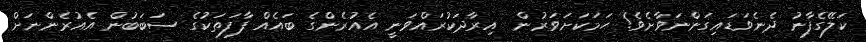
ކަލޭގެފާނު ދެނެވަޑައިގަންނަވާށެވެ! ހަމަކަށަވަރުން  އިރާދަކުރައްވަނީ އެއުރެންގެ ބައެއް ފާފަތަކުގެ ސަބަބުން އެއުރެންނަށް